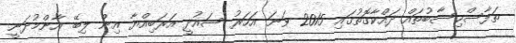
ތަފާސްހިސާބުތައް ދައްކާގޮތުގައި 2015 ވަނަ އަހަރު ސައުދީ އަރަބިއްޔާ އިން ލިބޭ އާންމުދަނީ